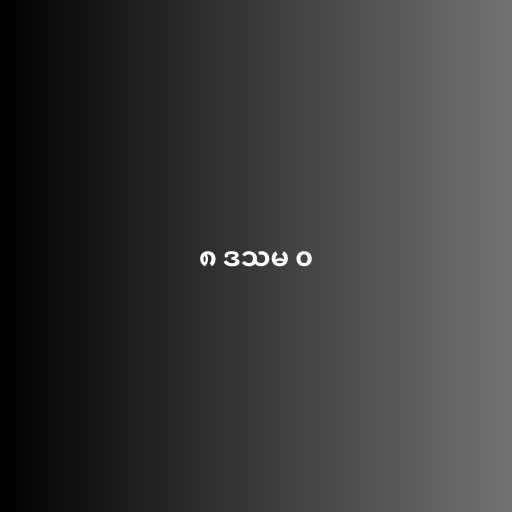
၈ ဒသမ ၀